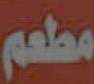
مطعم